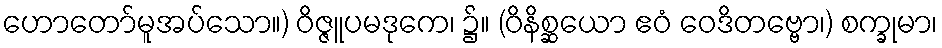
ဟောတော်မူအပ်သော။) ဝိဇ္ဇူပမဒုကေ၊ ၌။ (ဝိနိစ္ဆယော ဧဝံ ဝေဒိတဗ္ဗော၊) စက္ခုမာ၊